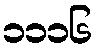
၁၁၁၆